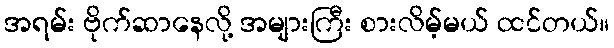
အရမ်း ဗိုက်ဆာနေလို့ အများကြီး စားလိမ့်မယ် ထင်တယ်။